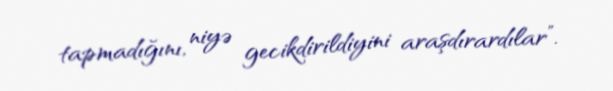
tapmadığını, niyə gecikdirildiyini araşdırardılar”.